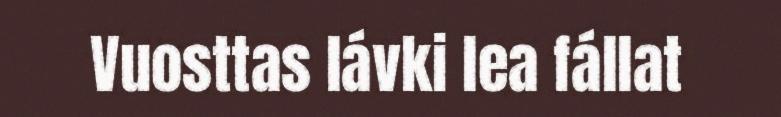
Vuosttas lávki lea fállat